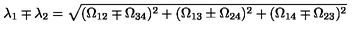
\lambda _ { 1 } \mp \lambda _ { 2 } = \sqrt { ( \Omega _ { 1 2 } \mp \Omega _ { 3 4 } ) ^ { 2 } + ( \Omega _ { 1 3 } \pm \Omega _ { 2 4 } ) ^ { 2 } + ( \Omega _ { 1 4 } \mp \Omega _ { 2 3 } ) ^ { 2 } }